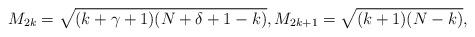
LaTeX: \begin{align*}M_{2k}= \sqrt{(k+\gamma+1)(N+\delta+1-k)}, M_{2k+1}=\sqrt{(k+1)(N-k)},\end{align*}